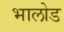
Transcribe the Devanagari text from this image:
भालोड